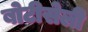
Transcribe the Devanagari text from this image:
बोटीसेली